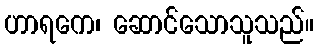
ဟာရကေ၊ ဆောင်သောသူသည်။